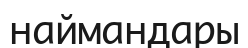
наймандары